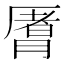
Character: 𬂈